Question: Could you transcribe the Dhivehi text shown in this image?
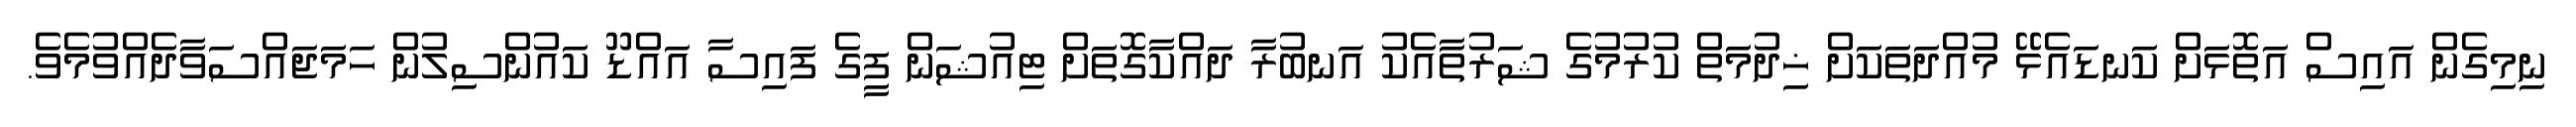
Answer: ނިމިގެން އައިސް އަތޮޅަށް ކަނޑައެޅޭ މުއްދަތަކަށް ޚިދުމަތް ކުރުމުގެ ޝަރުތާއެކު އަނބުރާ ދައްކާގޮތަށް ޓިއުޝަން ފީގެ ފައިސާ އައްޑޫ ކައުންސިލުން ހަމަޖައްސަވާދެއްވުމެވެ.